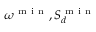
\omega ^ { \mathrm { ~ m ~ i ~ n ~ } } , S _ { d } ^ { \mathrm { ~ m ~ i ~ n ~ } }